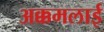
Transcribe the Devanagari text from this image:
अक्कमलाई